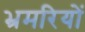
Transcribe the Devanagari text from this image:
भ्रमरियों